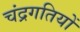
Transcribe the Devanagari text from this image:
चंद्रगतियों